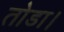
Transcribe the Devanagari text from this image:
तोडा।